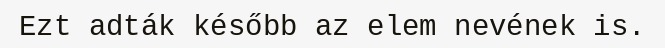
Ezt adták később az elem nevének is.